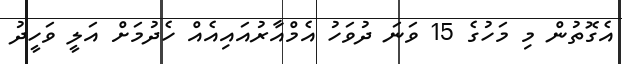
އެގޮތުން މި މަހުގެ 15 ވަނަ ދުވަހު އެމްއާރުއައިއެއް ހެދުމަށް އަލީ ވަހީދު